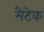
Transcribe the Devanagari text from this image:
मैटेक